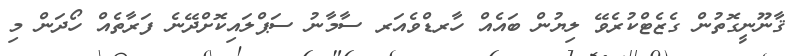
ޤާނޫނީގޮތުން ގެޒެޓްކުރެވޭ ލިޔުން ބައެއް ހާރޑްވެއަރ ސާމާނު ސަޕްލައިކޮށްދޭނެ ފަރާތެއް ހޯދަން މި